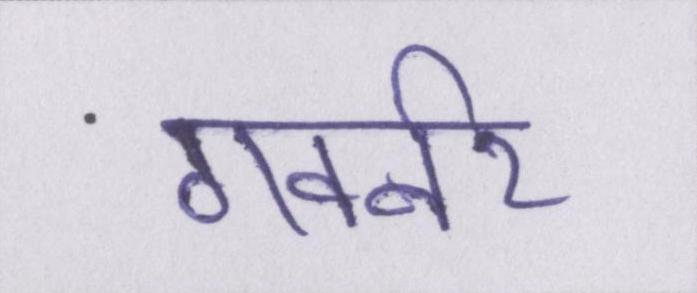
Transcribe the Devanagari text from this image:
गवर्नर